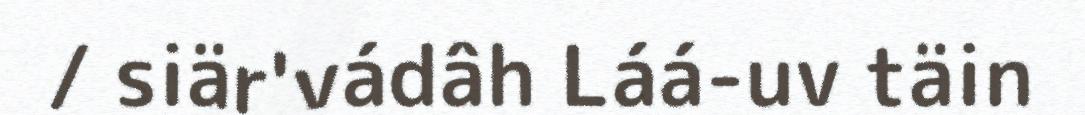
/ siär'vádâh Láá-uv täin